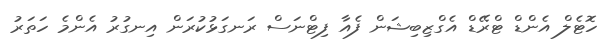
ހޮޓެލް އެންޑް ޓްރޭޑް އެގްޒިބިޝަން ފެއާ ފިޓްނަސް ރަނގަޅުކުރަން އިނގުރު އެންމެ ހަތަރު